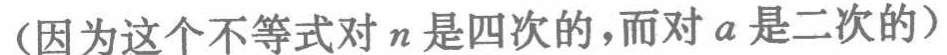
（因为这个不等式对\(n\)是四次的，而对\(a\)是二次的）